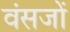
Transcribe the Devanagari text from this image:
वंसजों